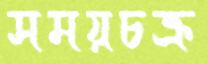
সময়চক্র